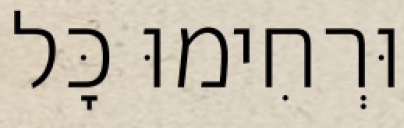
וּרְחִימוּ כׇּל